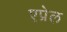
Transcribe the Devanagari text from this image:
एप्रेल